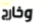
وخارج